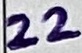
Text: 22